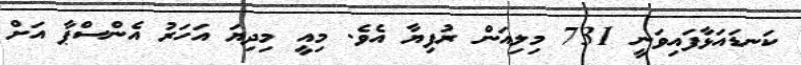
ކަނޑައަޅާފައިވަނީ 731 މިލިއަން ރުފިޔާ އެވެ. މިއީ މިދިޔަ އަހަރު އެންސްޕާ އަށް